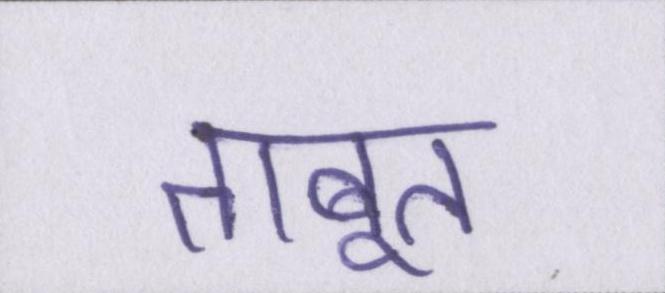
ताबूत